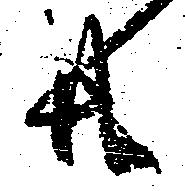
共